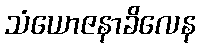
သံယောဇနာခိလေန